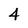
Character: 4